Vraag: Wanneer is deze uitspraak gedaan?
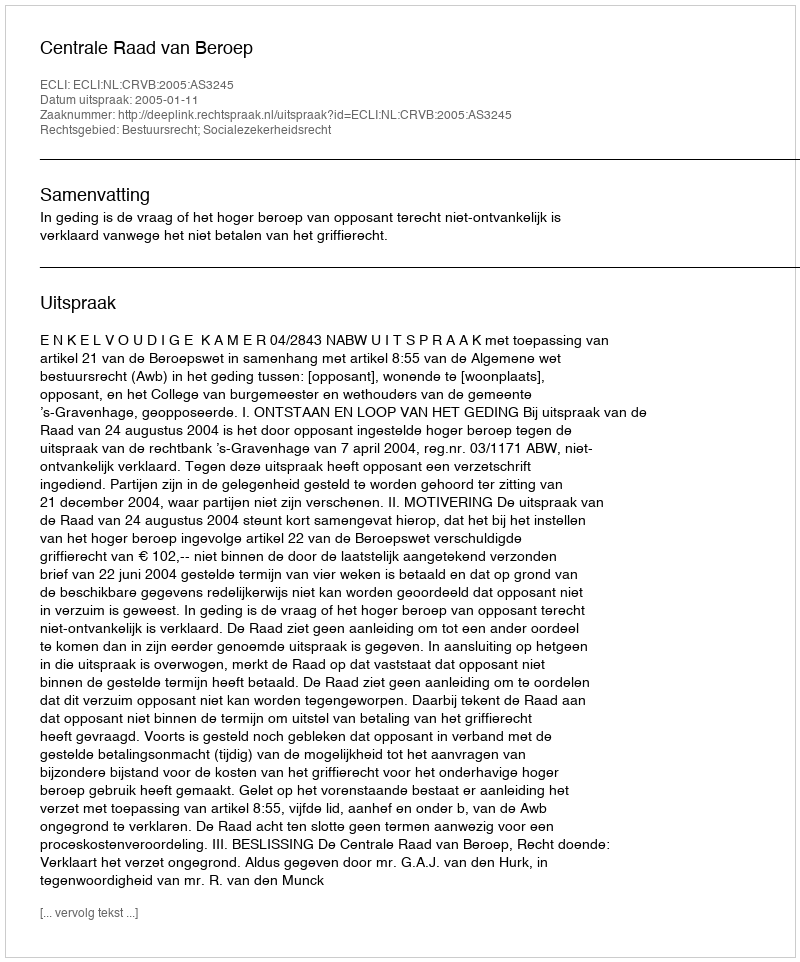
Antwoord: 2005-01-11